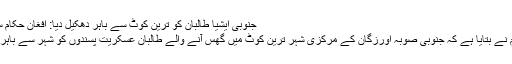
جنوبی ایشیا طالبان کو ترین کوٹ سے باہر دھکیل دیا: افغان حکام ستمبر 09, 2016
افغانستان میں حکام نے بتایا ہے کہ جنوبی صوبہ اورزگان کے مرکزی شہر ترین کوٹ میں گھس آنے والے طالبان عسکریت پسندوں کو شہر سے باہر دھکیل دیا گیا ہے۔